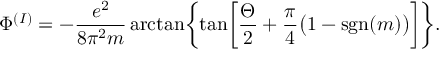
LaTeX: \Phi ^ { ( I ) } = - { \frac { e ^ { 2 } } { 8 \pi ^ { 2 } m } } \arctan \biggl \{ \tan \biggl [ { \frac { \Theta } { 2 } } + { \frac { \pi } { 4 } } \bigl ( 1 - \mathrm { s g n } ( m ) \bigr ) \biggr ] \biggr \} .